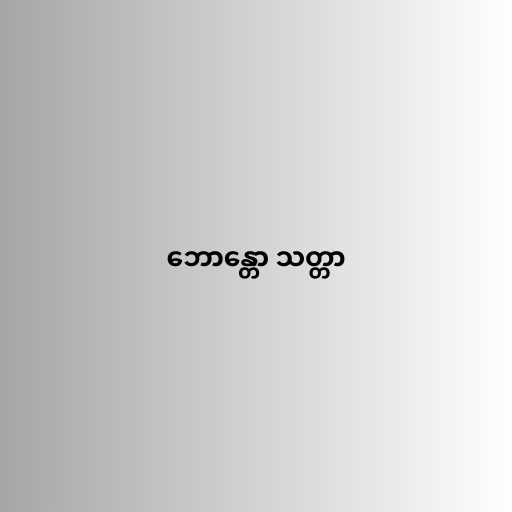
ဘောန္တော သတ္တာ